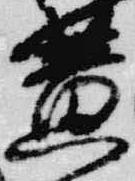
黄